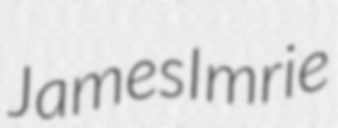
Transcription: James Imrie